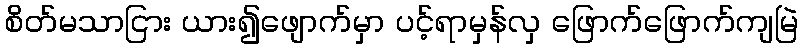
စိတ်မသာငြား ယား၍ဖျောက်မှာ ပင့်ရာမှန်လှ ဖြောက်ဖြောက်ကျမြဲ